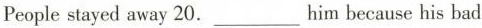
People stayed away 20.___him because his bad